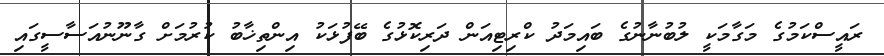
ރައީސްކަމުގެ މަގާމަކީ ލުބުނާނުގެ ބައިމަދު ކްރިޓިއަން ދަރިކޮޅުގެ ބޭފުޅަކު އިންތިޚާބު ކުރުމަށް ގާނޫނުއަސާސީގައި